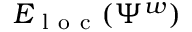
E _ { \mathrm { ~ l ~ o ~ c ~ } } ( \Psi ^ { w } )